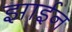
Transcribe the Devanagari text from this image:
झाईन